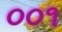
૦૦૧